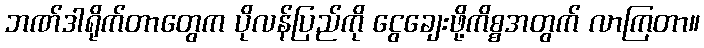
ဘဏ်ဒါရိုက်တာတွေက ပိုလန်ပြည်ကို ငွေချေးဖို့ကိစ္စအတွက် လာကြတာ။